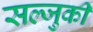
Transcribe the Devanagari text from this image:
सल्जुकी